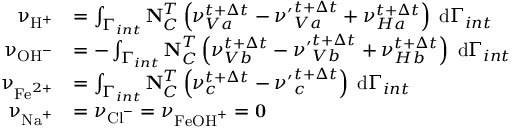
\begin{array} { r l } { \mathbf { \upnu } _ { \mathrm { H } ^ { + } } } & { = \int _ { \Gamma _ { i n t } } \mathbf { N } _ { C } ^ { T } \left( \nu _ { V a } ^ { t + \Delta t } - { \nu ^ { \prime } } _ { V a } ^ { t + \Delta t } + \nu _ { H a } ^ { t + \Delta t } \right) \; \mathrm { d } \Gamma _ { i n t } } \\ { \mathbf { \upnu } _ { \mathrm { O H } ^ { - } } } & { = - \int _ { \Gamma _ { i n t } } \mathbf { N } _ { C } ^ { T } \left( \nu _ { V b } ^ { t + \Delta t } - { \nu ^ { \prime } } _ { V b } ^ { t + \Delta t } + \nu _ { H b } ^ { t + \Delta t } \right) \; \mathrm { d } \Gamma _ { i n t } } \\ { \mathbf { \upnu } _ { \mathrm { F e } ^ { 2 + } } } & { = \int _ { \Gamma _ { i n t } } \mathbf { N } _ { C } ^ { T } \left( \nu _ { c } ^ { t + \Delta t } - { \nu ^ { \prime } } _ { c } ^ { t + \Delta t } \right) \; \mathrm { d } \Gamma _ { i n t } } \\ { \mathbf { \upnu } _ { \mathrm { N a } ^ { + } } } & { = \nu _ { \mathrm { C l } ^ { - } } = \nu _ { \mathrm { F e O H } ^ { + } } = \mathbf { 0 } } \end{array}